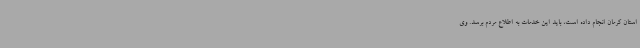
استان کرمان انجام داده است، باید این خدمات به اطلاع مردم برسد. وی